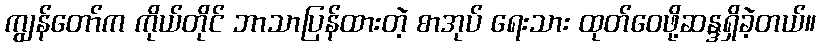
ကျွန်တော်က ကိုယ်တိုင် ဘာသာပြန်ထားတဲ့ စာအုပ် ရေးသား ထုတ်ဝေဖို့ဆန္ဒရှိခဲ့တယ်။